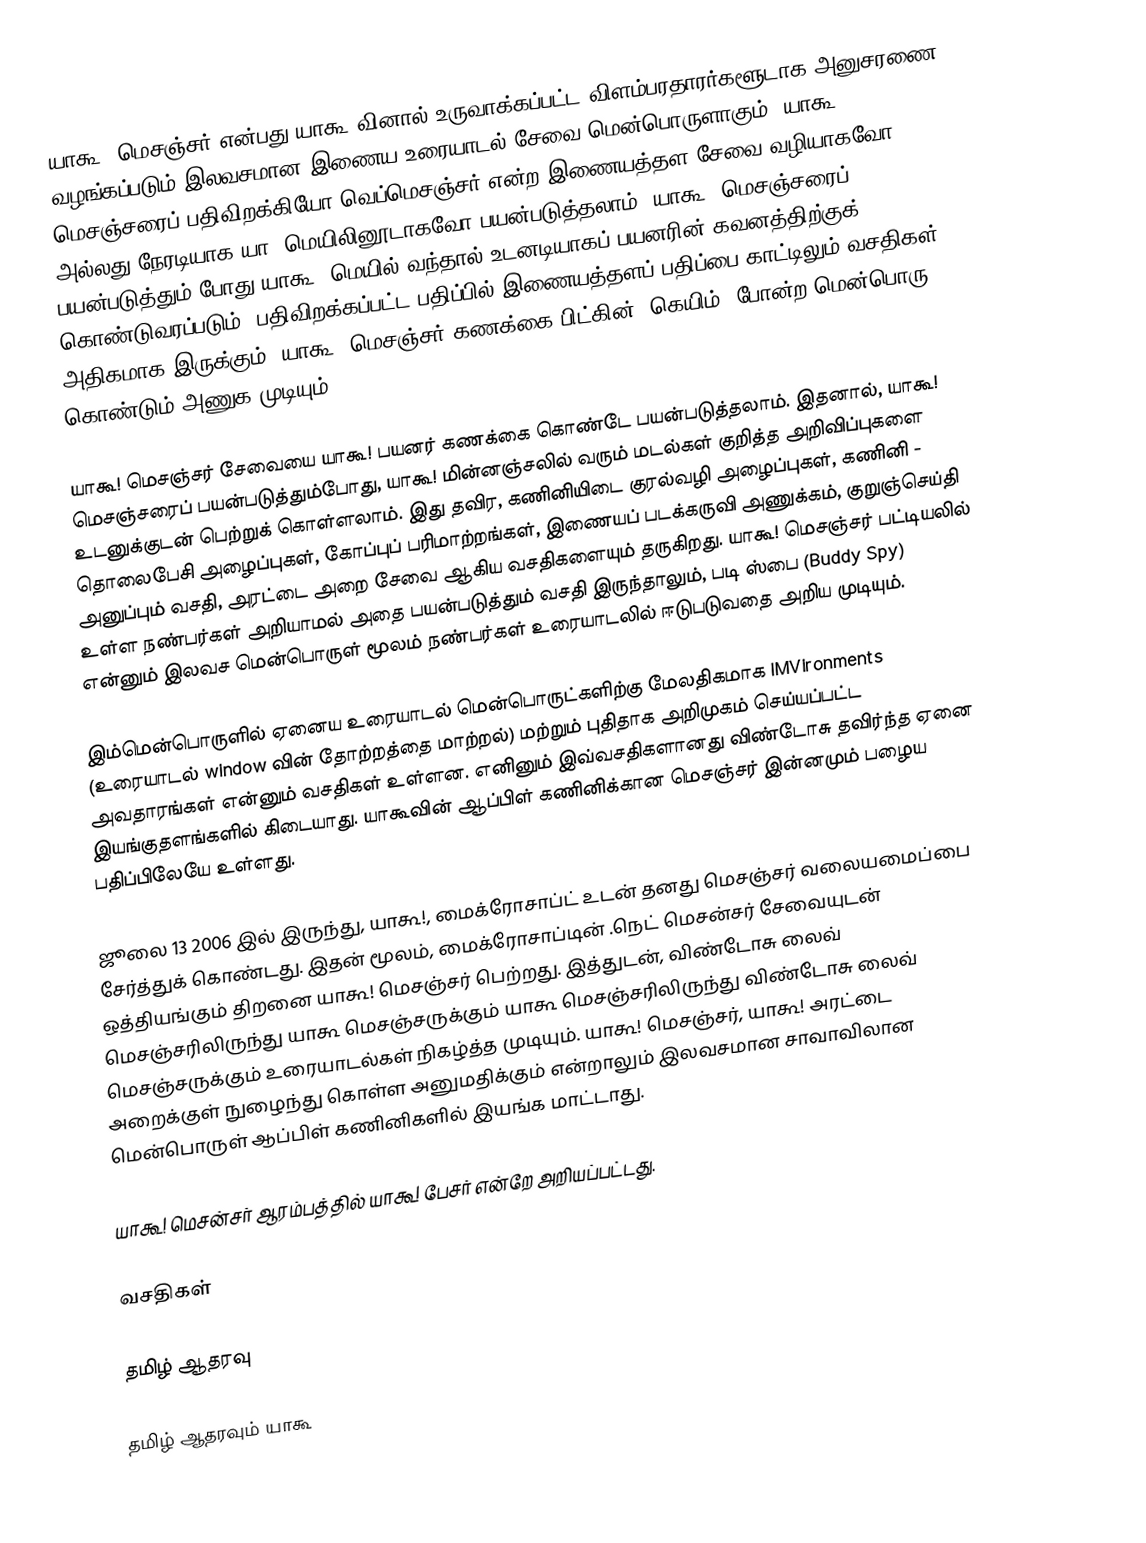
யாகூ! மெசஞ்சர் என்பது யாகூ!வினால் உருவாக்கப்பட்ட விளம்பரதாரர்களூடாக அனுசரணை வழங்கப்படும் இலவசமான இணைய உரையாடல் சேவை மென்பொருளாகும். யாகூ! மெசஞ்சரைப் பதிவிறக்கியோ வெப்மெசஞ்சர் என்ற இணையத்தள சேவை வழியாகவோ அல்லது நேரடியாக யா! மெயிலினூடாகவோ பயன்படுத்தலாம். யாகூ! மெசஞ்சரைப் பயன்படுத்தும் போது யாகூ! மெயில் வந்தால் உடனடியாகப் பயனரின் கவனத்திற்குக் கொண்டுவரப்படும். பதிவிறக்கப்பட்ட பதிப்பில் இணையத்தளப் பதிப்பை காட்டிலும் வசதிகள் அதிகமாக இருக்கும். யாகூ! மெசஞ்சர் கணக்கை பிட்கின் (கெயிம்) போன்ற மென்பொரு கொண்டும் அணுக முடியும்.

யாகூ! மெசஞ்சர் சேவையை யாகூ! பயனர் கணக்கை கொண்டே பயன்படுத்தலாம். இதனால், யாகூ! மெசஞ்சரைப் பயன்படுத்தும்போது, யாகூ! மின்னஞ்சலில் வரும் மடல்கள் குறித்த அறிவிப்புகளை உடனுக்குடன் பெற்றுக் கொள்ளலாம். இது தவிர, கணினியிடை குரல்வழி அழைப்புகள், கணினி - தொலைபேசி அழைப்புகள், கோப்புப் பரிமாற்றங்கள், இணையப் படக்கருவி அணுக்கம், குறுஞ்செய்தி அனுப்பும் வசதி, அரட்டை அறை சேவை ஆகிய வசதிகளையும் தருகிறது. யாகூ! மெசஞ்சர் பட்டியலில் உள்ள நண்பர்கள் அறியாமல் அதை பயன்படுத்தும் வசதி இருந்தாலும், படி ஸ்பை (Buddy Spy) என்னும் இலவச மென்பொருள் மூலம் நண்பர்கள் உரையாடலில் ஈடுபடுவதை அறிய முடியும்.

இம்மென்பொருளில் ஏனைய உரையாடல் மென்பொருட்களிற்கு மேலதிகமாக IMVironments (உரையாடல் window வின் தோற்றத்தை மாற்றல்) மற்றும் புதிதாக அறிமுகம் செய்யப்பட்ட அவதாரங்கள் என்னும் வசதிகள் உள்ளன. எனினும் இவ்வசதிகளானது விண்டோசு தவிர்ந்த ஏனை இயங்குதளங்களில் கிடையாது. யாகூவின் ஆப்பிள் கணினிக்கான மெசஞ்சர் இன்னமும் பழைய பதிப்பிலேயே உள்ளது.

ஜூலை 13 2006 இல் இருந்து, யாகூ!, மைக்ரோசாப்ட் உடன் தனது மெசஞ்சர் வலையமைப்பை சேர்த்துக் கொண்டது. இதன் மூலம், மைக்ரோசாப்டின் .நெட் மெசன்சர் சேவையுடன் ஒத்தியங்கும் திறனை யாகூ! மெசஞ்சர் பெற்றது. இத்துடன், விண்டோசு லைவ் மெசஞ்சரிலிருந்து யாகூ மெசஞ்சருக்கும் யாகூ மெசஞ்சரிலிருந்து விண்டோசு லைவ் மெசஞ்சருக்கும் உரையாடல்கள் நிகழ்த்த முடியும். யாகூ! மெசஞ்சர், யாகூ! அரட்டை அறைக்குள் நுழைந்து கொள்ள அனுமதிக்கும் என்றாலும் இலவசமான சாவாவிலான மென்பொருள் ஆப்பிள் கணினிகளில் இயங்க மாட்டாது.

யாகூ! மெசன்சர் ஆரம்பத்தில் யாகூ! பேசர்  என்றே அறியப்பட்டது.

வசதிகள்

தமிழ் ஆதரவு

தமிழ் ஆதரவும் யாகூ